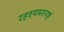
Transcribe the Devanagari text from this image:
रहस्यमस्पष्टं